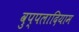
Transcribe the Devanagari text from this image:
वुप्पलादियाम